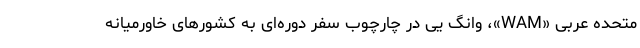
متحده عربی «WAM»، وانگ یی در چارچوب سفر دوره‌ای به کشورهای خاورمیانه